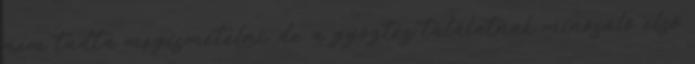
nem tudta megismételni, de a győztes találatnak minősülő első